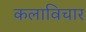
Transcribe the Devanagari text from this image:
कलाविचार